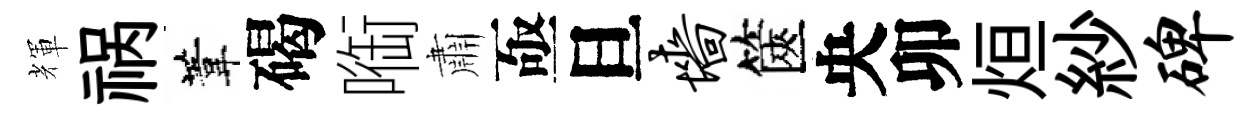
輝祸葦碣㗸肅亟旦墙篋央卯烜紗碑